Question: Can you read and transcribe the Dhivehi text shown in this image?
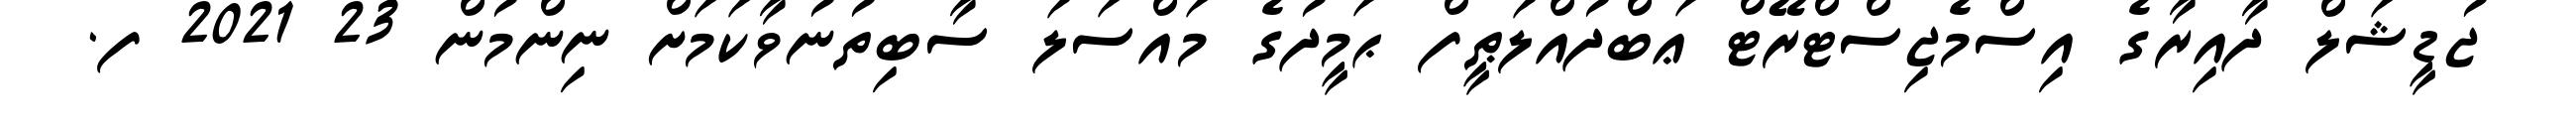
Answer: ޖުޑީޝަލް ދާއިރާގެ އިސްމެޖިސްޓްރޭޓް ޢަބްދުއްލަޠީފް ޙަމީދުގެ މައްސަލަ ސާބިތުނުވާކަމަށް ނިންމުން 23 2021 ފ.